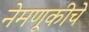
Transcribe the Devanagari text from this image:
नेमणूकीचे